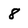
Character: 8